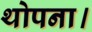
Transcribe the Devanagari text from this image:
थोपना।